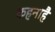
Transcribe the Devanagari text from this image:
कहनाहै